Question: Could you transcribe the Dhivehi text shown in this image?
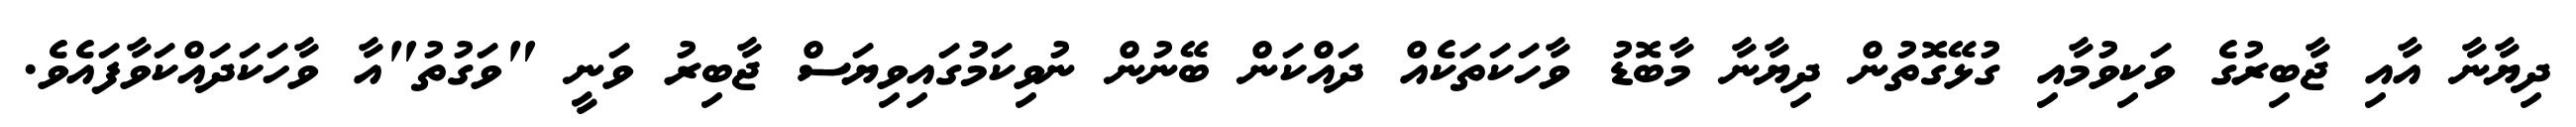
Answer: ދިޔާނާ އާއި ޖާބިރުގެ ވަކިވުމާއި ގުޅޭގޮތުން ދިޔާނާ މާބޮޑު ވާހަކަތަކެއް ދައްކަން ބޭނުން ނުވިކަމުގައިވިޔަސް ޖާބިރު ވަނީ "ވަގުތު"އާ ވާހަކަދައްކަވާފައެވެ.